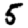
Digit: 5